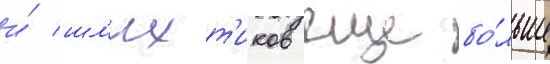
и́ шл'ихт'иков еще бо́льше